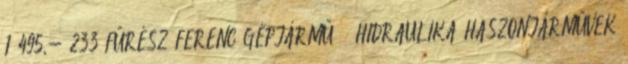
1 495,- 233 FŰRÉSZ FERENC GÉPJÁRMŰ – HIDRAULIKA HASZONJÁRMŰVEK